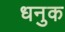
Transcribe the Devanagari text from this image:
धनुक